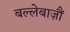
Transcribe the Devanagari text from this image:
बल्लेबाज़ौं